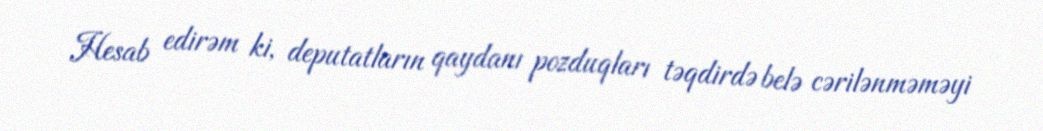
Hesab edirəm ki, deputatların qaydanı pozduqları təqdirdə belə cərilənməməyi